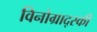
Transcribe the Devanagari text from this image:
विनोग्राद्स्की